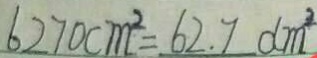
6 2 7 0 c m ^ { 2 } = 6 2 . 7 d m ^ { 2 }